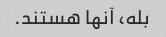
بله، آنها هستند.